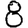
Digit: 8